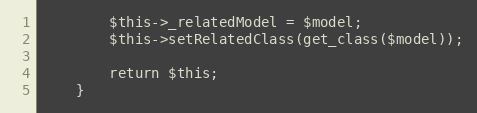
Language: PHP
        $this->_relatedModel = $model;
        $this->setRelatedClass(get_class($model));

        return $this;
    }